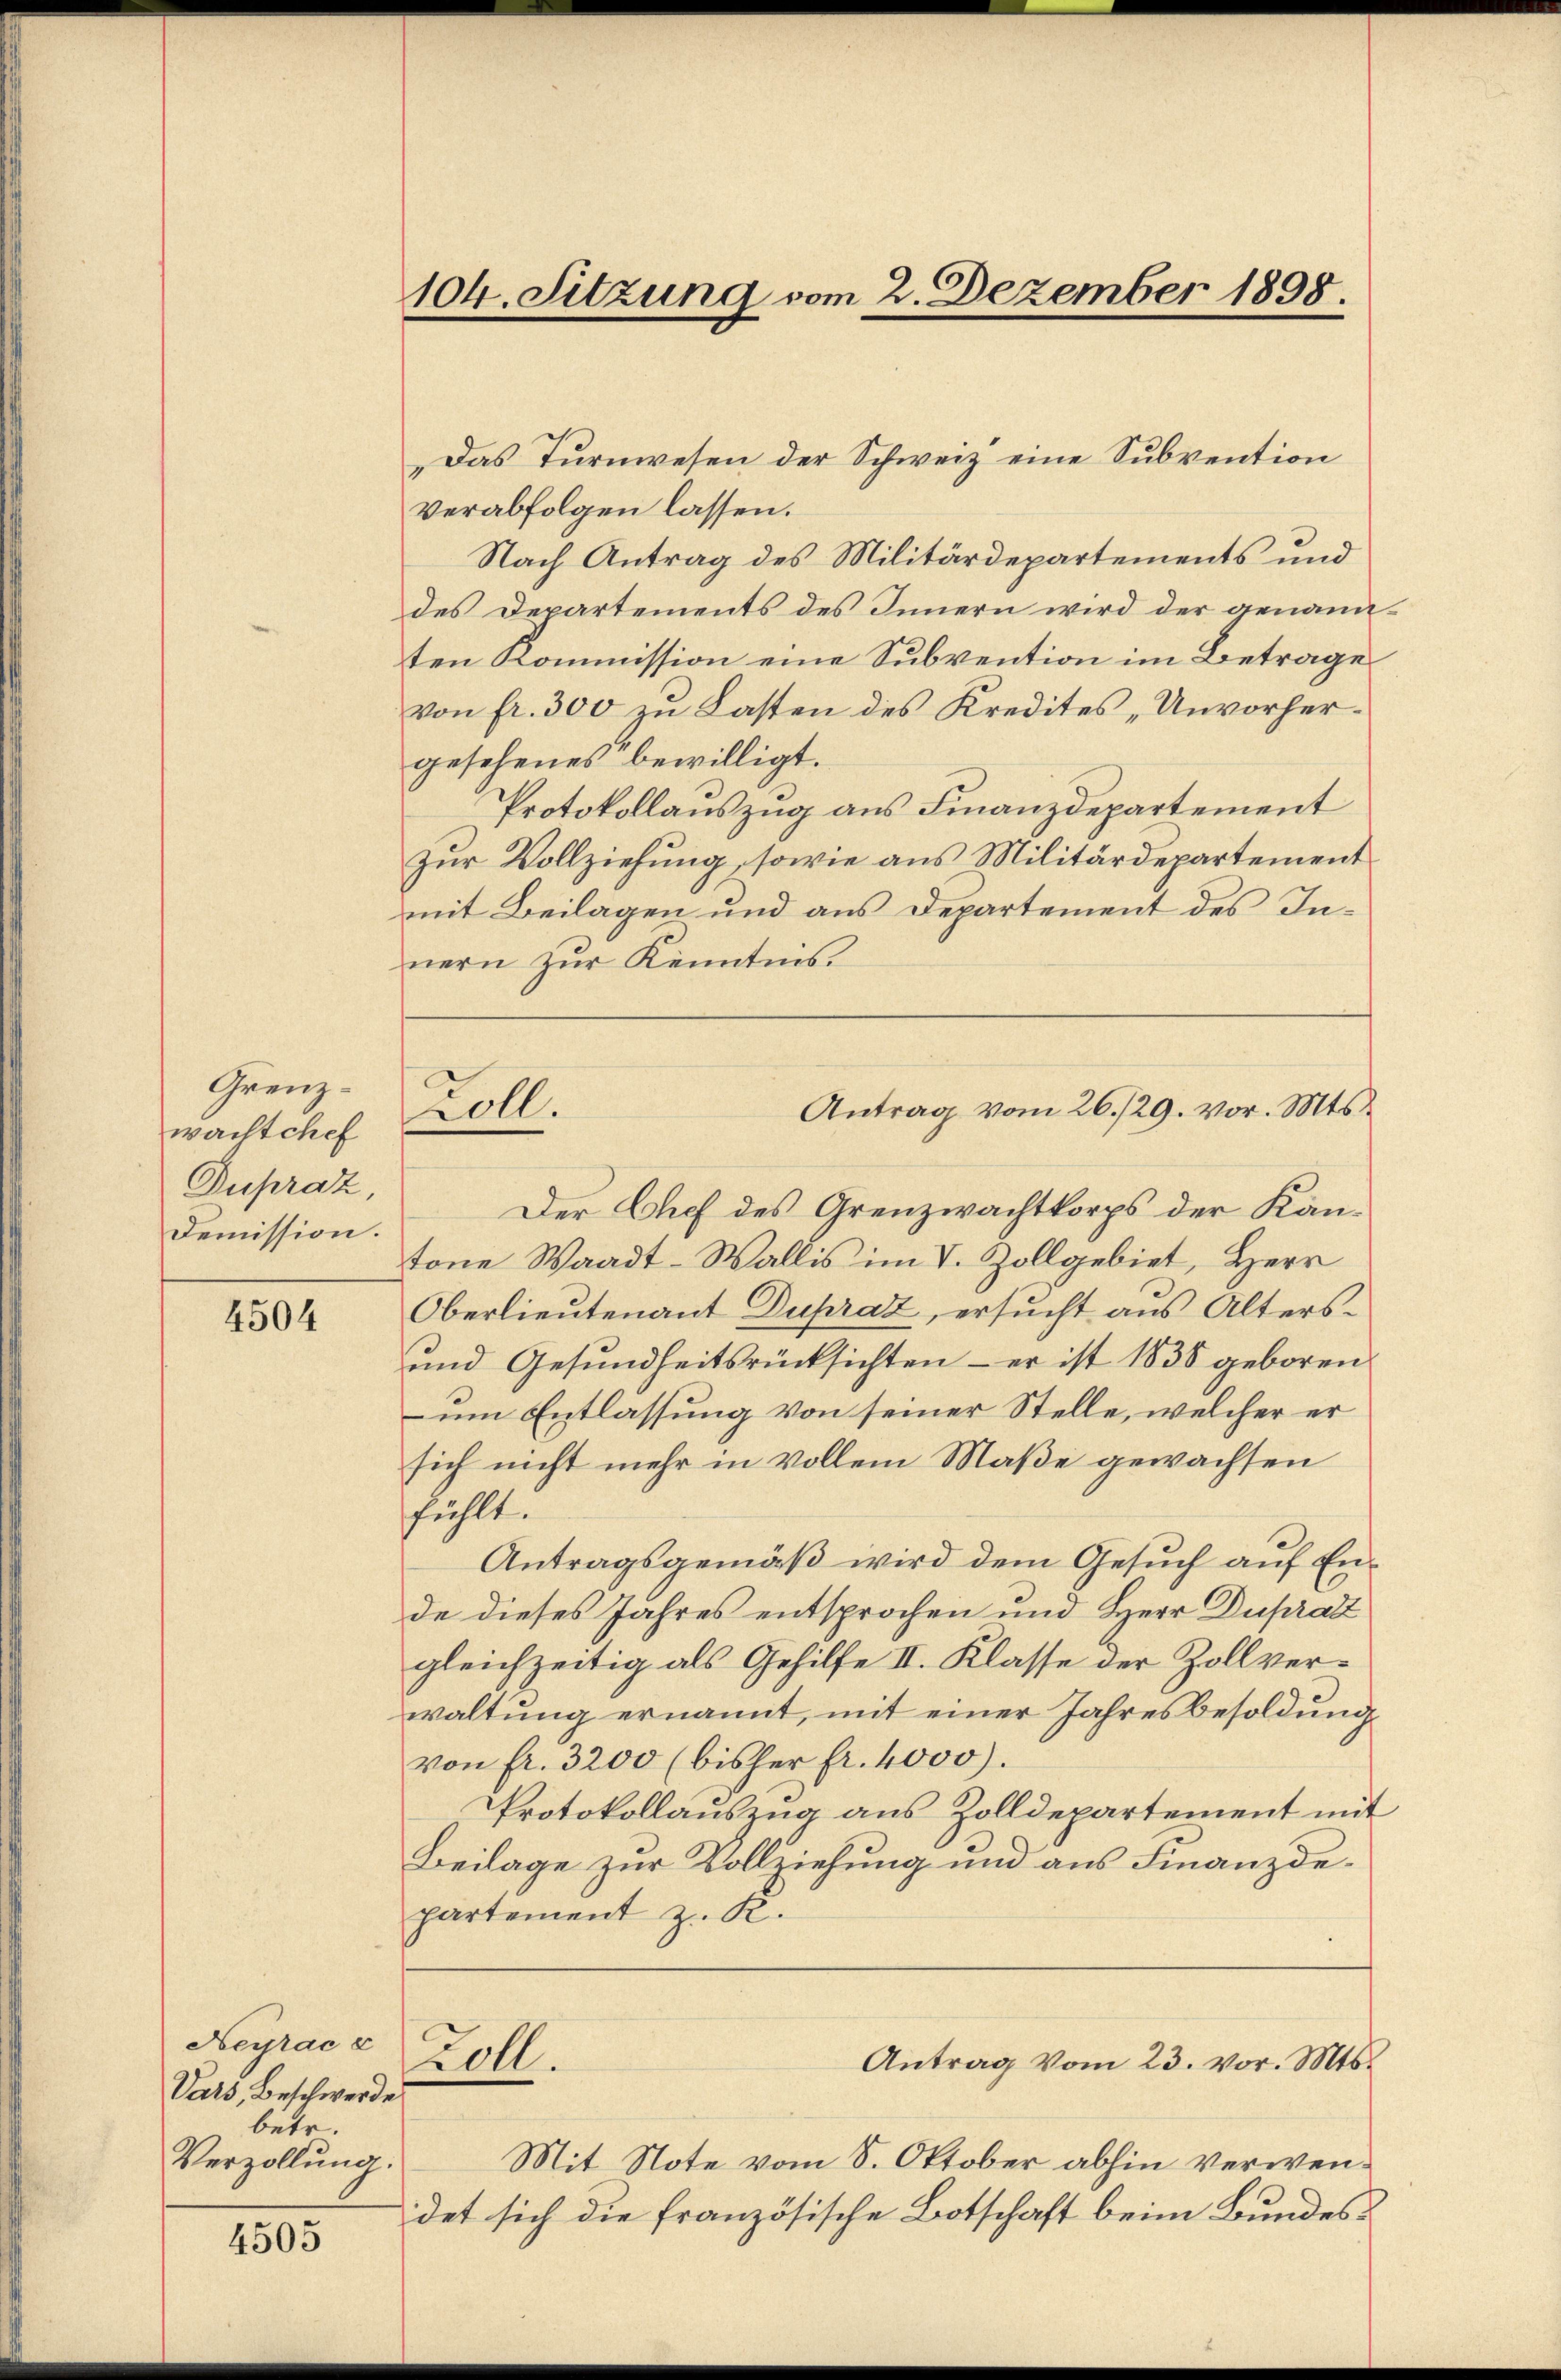
Grenzwachtchef
Dupraz,
Demission.

4504

Heyrac z
Vars, Beschwerde
betr.
Verzollung.

4505

104. Sitzung vom 2. Dezember 1898.

Das Turnwesen der Schweiz eine Subvention
verabfolgen lassen.
Nach Antrag des Militärdepartements und
des Departements des Innern wird der genann
ten Kommission eine Subvention im Betrage
von fr. 300 zu Lasten des Kredites „Unvorhergesehenes bewilligt.
Protokollauszug aus Finanzdepartement
zur Vollziehung, sowie aus Militärdepartement
mit Beilagen und aus Departement des Innern zur Kenntnis.
Der Chef des Grenzwachtkorps der Kantone Waadt-Wallis im V. Zollgebiet, Herr
Oberlieutenant Dupraz, ersucht aus Alters¬
und Gesundheitsrücksichten - er ist 1838 geboren
um Entlassung von seiner Stelle, welcher er
sich nicht mehr in vollem Maße gewachsen
fühlt.
Antragsgemäß wird dem Gesuch auf Ende dieses Jahres entsprochen und Herr Dupratt
gleichzeitig als Gehilfe II. Klasse der Zollverwaltung ernannt, mit einer Jahresbesoldung
von fr. 3200 (bisher fr. 4000.
PProtokollauszug aus Zolldepartement mit
Beilage zur Vollziehung und aus Finanzdepartement z. R.
Antrag vom 23. vor. Mts.
Zoll.
Mit Note vom 8. Oktober abhin verwendet sich die französische Botschaft beim Bundes¬

Loll.

Antrag vom 26./29. vor. Mts.